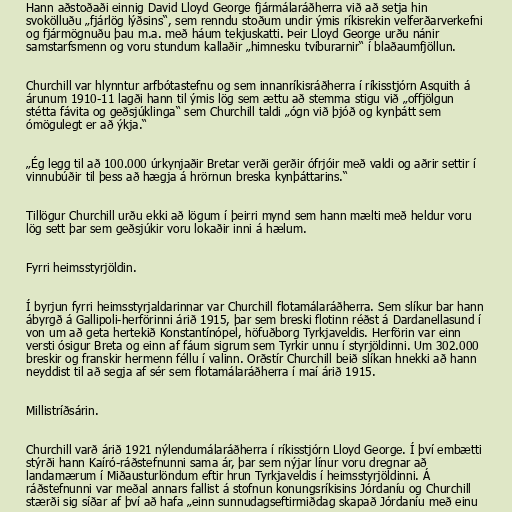
Hann aðstoðaði einnig David Lloyd George fjármálaráðherra við að setja hin
svokölluðu „fjárlög lýðsins“, sem renndu stoðum undir ýmis ríkisrekin velferðarverkefni
og fjármögnuðu þau m.a. með háum tekjuskatti. Þeir Lloyd George urðu nánir
samstarfsmenn og voru stundum kallaðir „himnesku tvíburarnir“ í blaðaumfjöllun.

Churchill var hlynntur arfbótastefnu og sem innanríkisráðherra í ríkisstjórn Asquith á
árunum 1910-11 lagði hann til ýmis lög sem ættu að stemma stigu við „offjölgun
stétta fávita og geðsjúklinga“ sem Churchill taldi „ógn við þjóð og kynþátt sem
ómögulegt er að ýkja.“

„Ég legg til að 100.000 úrkynjaðir Bretar verði gerðir ófrjóir með valdi og aðrir settir í
vinnubúðir til þess að hægja á hrörnun breska kynþáttarins.“

Tillögur Churchill urðu ekki að lögum í þeirri mynd sem hann mælti með heldur voru
lög sett þar sem geðsjúkir voru lokaðir inni á hælum.

Fyrri heimsstyrjöldin.

Í byrjun fyrri heimsstyrjaldarinnar var Churchill flotamálaráðherra. Sem slíkur bar hann
ábyrgð á Gallipoli-herförinni árið 1915, þar sem breski flotinn réðst á Dardanellasund í
von um að geta hertekið Konstantínópel, höfuðborg Tyrkjaveldis. Herförin var einn
versti ósigur Breta og einn af fáum sigrum sem Tyrkir unnu í styrjöldinni. Um 302.000
breskir og franskir hermenn féllu í valinn. Orðstír Churchill beið slíkan hnekki að hann
neyddist til að segja af sér sem flotamálaráðherra í maí árið 1915.

Millistríðsárin.

Churchill varð árið 1921 nýlendumálaráðherra í ríkisstjórn Lloyd George. Í því embætti
stýrði hann Kaíró-ráðstefnunni sama ár, þar sem nýjar línur voru dregnar að
landamærum í Miðausturlöndum eftir hrun Tyrkjaveldis í heimsstyrjöldinni. Á
ráðstefnunni var meðal annars fallist á stofnun konungsríkisins Jórdaníu og Churchill
stærði sig síðar af því að hafa „einn sunnudagseftirmiðdag skapað Jórdaníu með einu